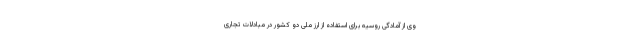
وی از آمادگی روسیه برای استفاده از ارز ملی دو کشور در مبادلات تجاری